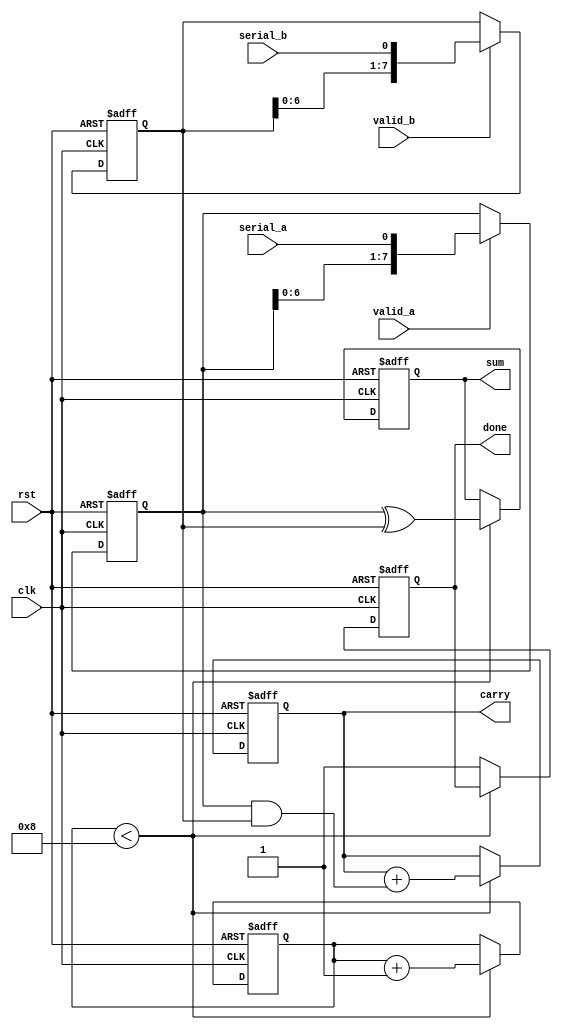
module CarrySaveAdder (
    input wire clk,          // Clock signal
    input wire rst,          // Reset signal
    input wire serial_a,     // Serial input for operand A
    input wire serial_b,     // Serial input for operand B
    input wire valid_a,      // Valid signal for operand A input
    input wire valid_b,      // Valid signal for operand B input
    output reg [7:0] sum,    // Sum output
    output reg [7:0] carry,  // Carry output
    output reg done          // Indicates completion of addition
);

    reg [7:0] shift_a;       // Shift register for operand A
    reg [7:0] shift_b;       // Shift register for operand B
    reg [3:0] bit_count;     // Bit counter for 8 bits

    // Full adder logic
    wire [7:0] temp_sum;
    wire [7:0] temp_carry;

    assign temp_sum = shift_a ^ shift_b; // Sum without carry
    assign temp_carry = shift_a & shift_b; // Carry bits

    // Shift registers and addition process
    always @(posedge clk or posedge rst) begin
        if (rst) begin
            shift_a <= 8'b0;
            shift_b <= 8'b0;
            sum <= 8'b0;
            carry <= 8'b0;
            bit_count <= 4'b0;
            done <= 1'b0;
        end else begin
            if (valid_a) begin
                shift_a <= {shift_a[6:0], serial_a}; // Shift in new bit for A
            end
            if (valid_b) begin
                shift_b <= {shift_b[6:0], serial_b}; // Shift in new bit for B
            end
            
            // Increment bit count and perform addition
            if (bit_count < 8) begin
                sum <= temp_sum;
                carry <= carry + temp_carry; // Save carry
                bit_count <= bit_count + 1;
            end else begin
                done <= 1'b1; // Indicate that addition is complete
            end
        end
    end

endmodule